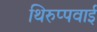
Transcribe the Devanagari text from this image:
थिरुप्पवाई